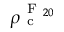
\rho _ { \mathrm { ~ c ~ } } ^ { \mathrm { ~ F ~ } _ { 2 0 } }